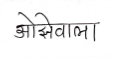
मजकूर: ओझेवाला